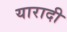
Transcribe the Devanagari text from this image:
यारादी